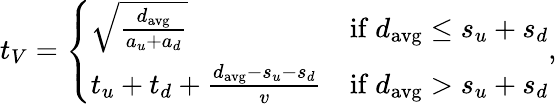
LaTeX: t_{V}=\left\{ \begin{array}{ll}{\sqrt{\frac{d_{\mathrm{{avg}}}}{a_{u}+a_{d}}}}&{\mathrm{if~}d_{\mathrm{avg}}\leq s_{u}+s_{d}}\\ {t_{u}+t_{d}+\frac{d_{\mathrm{{avg}}}-s_{u}-s_{d}}{v}}&{\mathrm{if~}d_{\mathrm{avg}}>s_{u}+s_{d}}\end{array}\right.,